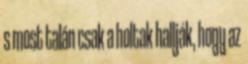
s most talán csak a holtak hallják, hogy az